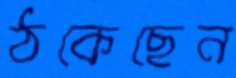
ঠকেছেন